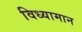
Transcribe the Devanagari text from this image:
विध्यामान